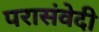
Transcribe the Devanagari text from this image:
परासंवेदी